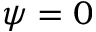
\psi = 0